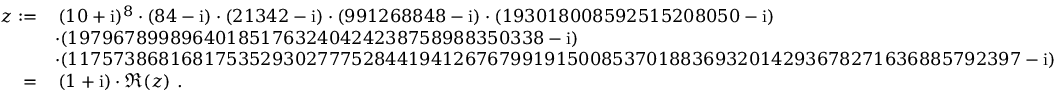
{ \begin{array} { r l } { z : = } & { \, ( 1 0 + \mathrm { i } ) ^ { 8 } \cdot ( 8 4 - \mathrm { i } ) \cdot ( 2 1 3 4 2 - \mathrm { i } ) \cdot ( 9 9 1 2 6 8 8 4 8 - \mathrm { i } ) \cdot ( 1 9 3 0 1 8 0 0 8 5 9 2 5 1 5 2 0 8 0 5 0 - \mathrm { i } ) } \\ & { \cdot ( 1 9 7 9 6 7 8 9 9 8 9 6 4 0 1 8 5 1 7 6 3 2 4 0 4 2 4 2 3 8 7 5 8 9 8 8 3 5 0 3 3 8 - \mathrm { i } ) } \\ & { \cdot ( 1 1 7 5 7 3 8 6 8 1 6 8 1 7 5 3 5 2 9 3 0 2 7 7 7 5 2 8 4 4 1 9 4 1 2 6 7 6 7 9 9 1 9 1 5 0 0 8 5 3 7 0 1 8 8 3 6 9 3 2 0 1 4 2 9 3 6 7 8 2 7 1 6 3 6 8 8 5 7 9 2 3 9 7 - \mathrm { i } ) } \\ { \; = } & { \, ( 1 + \mathrm { i } ) \cdot \Re ( z ) ~ . } \end{array} }